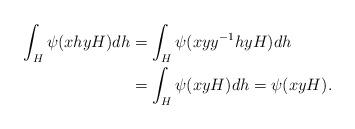
LaTeX: \begin{align*}\int_H\psi(xhyH)dh&=\int_H\psi(xyy^{-1}hyH)dh\\&=\int_H\psi(xyH)dh=\psi(xyH).\end{align*}